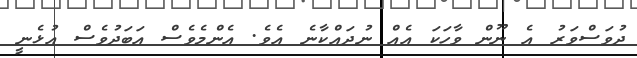
ދުވަސްވަރު އެ ނޫން ވާހަކަ އެއް ނުދައްކާނެ އެވެ. އެންމެވެސް އަބަދުވެސް އުޅެނީ